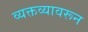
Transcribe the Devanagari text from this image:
व्यक्तव्यावरून